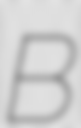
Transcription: B